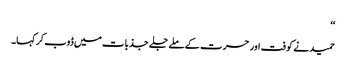
‘‘
حمید نے کوفت اور حسرت کے ملے جلے جذبات میں ڈوب کر کہا۔